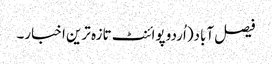
فیصل آباد(اُردو پوائنٹ تازہ ترین اخبار۔